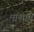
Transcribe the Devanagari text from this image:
माशान